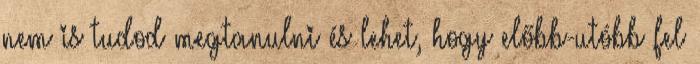
nem is tudod megtanulni és lehet, hogy előbb-utóbb fel